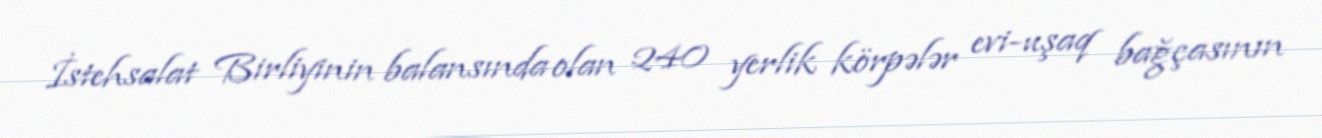
İstehsalat Birliyinin balansında olan 240 yerlik körpələr evi-uşaq bağçasının